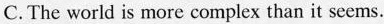
C.The world is more complex than it seems.